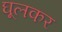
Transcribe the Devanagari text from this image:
घूलकर